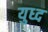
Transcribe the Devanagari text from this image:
युध्‍द